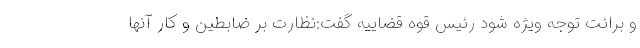
و برائت توجه ویژه شود رئیس قوه قضاییه گفت:نظارت بر ضابطین و کار آنها